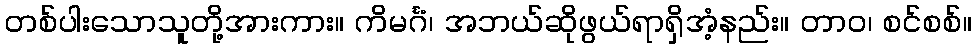
တစ်ပါးသောသူတို့အားကား။ ကိမင်္ဂံ၊ အဘယ်ဆိုဖွယ်ရာရှိအံ့နည်း။ တာဝ၊ စင်စစ်။